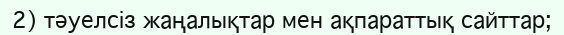
2) тәуелсіз жаңалықтар мен ақпараттық сайттар;